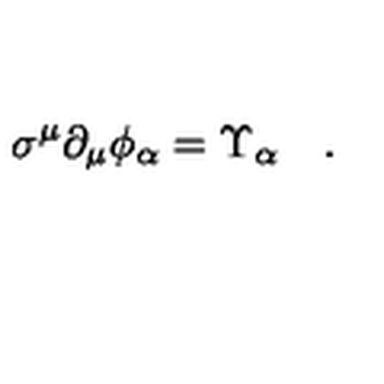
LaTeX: \sigma ^ { \mu } \partial _ { \mu } \phi _ { \alpha } = \Upsilon _ { \alpha } \quad .